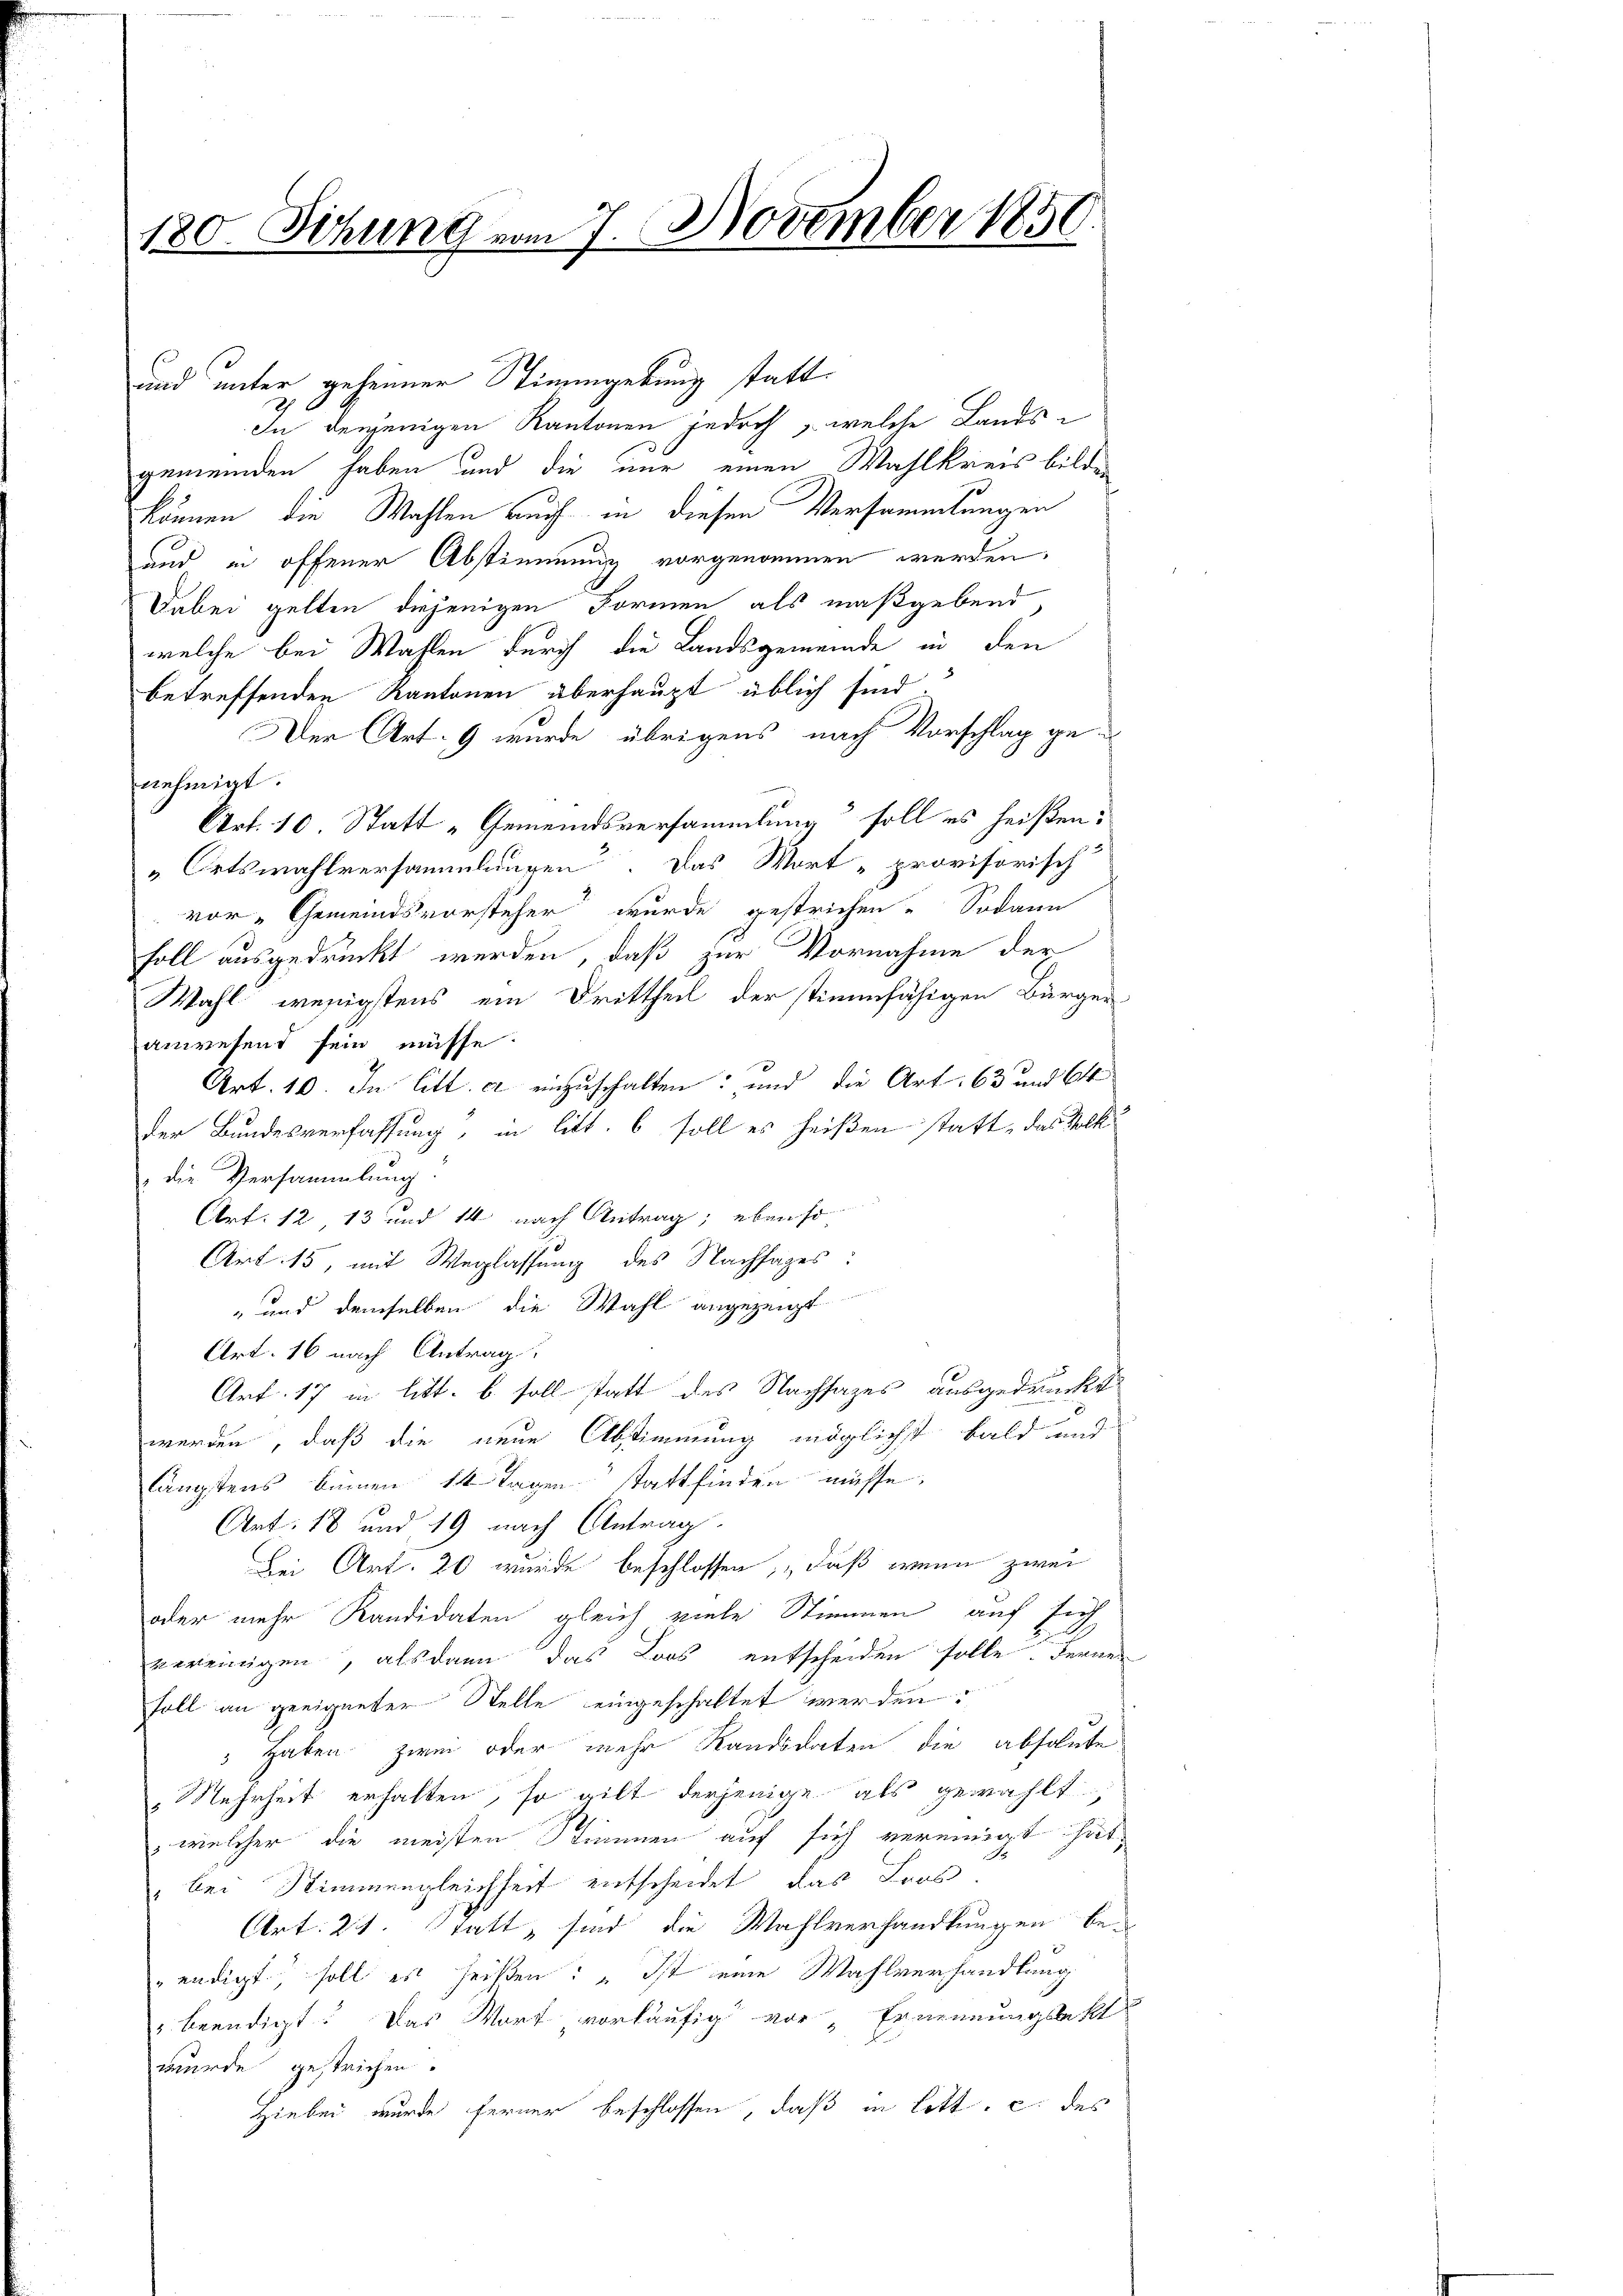
180. Sitzung vom 7. November 1850.

und unter geheimer Stimmgebung statt.
In denjenigen Kantonen jedoch, welche Lands-
gemeinden haben und die nur einen Wahlkreis bilde
können, die Wahlen Buch in diesen Versammlungen
und in offener Abstimmung vorgenommen werden,
Dabei gelten diejenigen Formen als maßgebend,
welche bei Wahlen durch die Landsgemeinde in den
betreffenden Kantonen überhaupt üblich sind
Der Art. 9 wurde übrigens nach Vorschlag ge-
nehmigt.
Art. 10 Statt „Gemeindsversammlung soll es heißen:
„Ortswahlversammlungen. Das Wort-provisorisch
vor Gemeindsvorsteher wurde gestrichen. Sodann
soll ausgedruckt werden, daß zur Vornahme der
Wahl wenigstens ein Drittheil der stimmfähigen Bürger-
anwesend sein müsse.
Art. 10. In litt. a einzuschalten; und die Art. 63 und 64
der Bundesverfassung, in litt. 6 soll es heißen statt, das Volk
 die Versammlung
Art. 12 13 und 14 nach Antrag; ebenso
Art. 15, mit Weglassung des Nachsages:
" und demselben die Wahl angezeigt
Art. 16 nach Antrag
Art. 17 in litt. b. soll statt des Nachsazes ausgedruckt
werden, daß die neue Abstimmung möglichst bald und
längstens beinen 14 Tagen stattfinden müsse,
Art: 18 und 19 nach Antrag
Bei Art. 20 wurde beschlossen, „daß wenn zwei
oder mehr Kandidaten gleich viele Stimmen auf sich
vereinigen, alsdann das Loos entscheiden solle. Ferner
soll an geeigneter Stelle eingeschaltet werden:
 Haben zwei oder mehr Kandidaten die absolute
Mehrheit erhalten, so gilt derjenige als gewählt,
" welcher die meisten Stimmen auf sich vereinigt hat.
1.
" bei Stimmengleichheit entscheidet, das Loos
Art: 21. Statt, sind die Wahlverhandlungen be-
endigt, soll es heißen: „Ist eine Wahlverhandlung
" beendigt. Das Wort vorläufig vor Ernennungslekt
wurde gestrichen.
Hiebei wurde ferner beschlossen, daß in litt. c. des